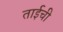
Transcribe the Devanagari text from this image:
ताईची